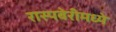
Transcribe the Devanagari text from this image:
रास्पबेरीमध्ये